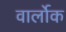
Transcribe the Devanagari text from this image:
वार्लोक